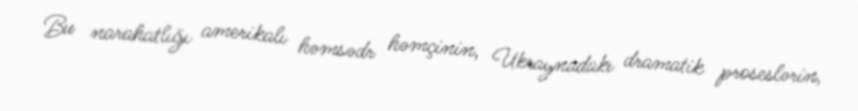
Bu narahatlığı amerikalı həmsədr həmçinin, Ukraynadakı dramatik proseslərin,